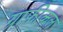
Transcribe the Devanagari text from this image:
ग्राफीकल